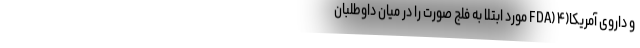
و داروی آمریکا(FDA) ۴ مورد ابتلا به فلج صورت را در میان داوطلبان